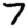
Digit: 7